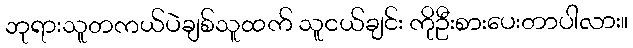
ဘုရားသူတကယ်ပဲချစ်သူထက် သူငယ်ချင်း ကိုဦးစားပေးတာပါလား။